Annual report on the working of the mental hospitals in the Madras Presidency - 1912-1932
Year: 1912
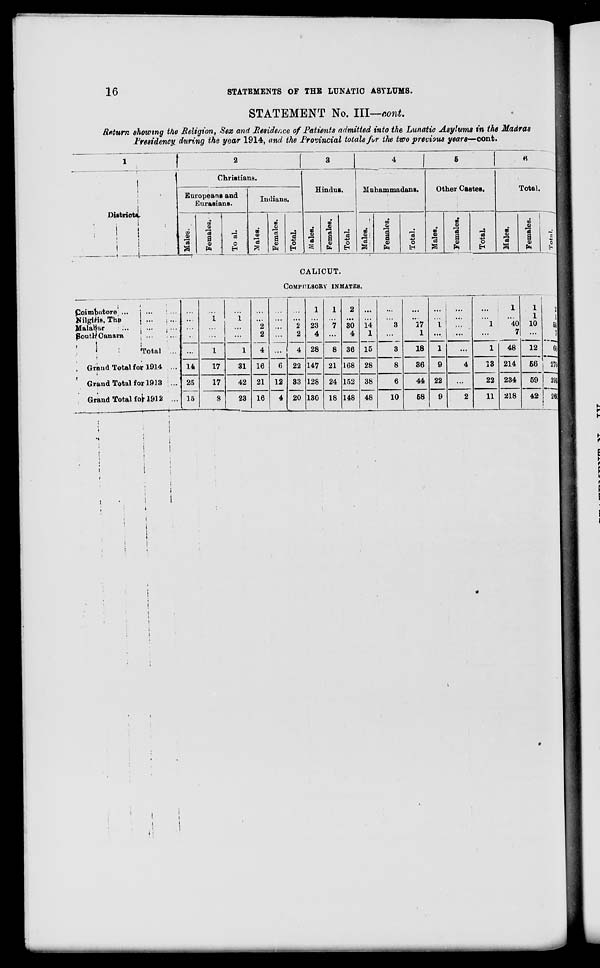
16
STATEMENTS OF THE LUNATIC ASYLUMS.
STATEMENT No. III—cont.
Return showing the Religion, Sex and Residence of Patients admitted into the Lunatic Asylums in the Madras
Presidency, during the year 1914, and the Provincial totals for the two previous years—cont.
1
Districts.
2
Christians.
Europeans and
Eurasians.
Males.
Females.
Total.
Indians.
Males.
Females.
Total.
3
Hindus.
Males.
Females.
Total.
4
Muhammadans.
Males.
Females.
Total.
5
Other Castes.
Males.
Females.
Total.
6
Total.
Males.
Females.
Total.
CALICUT.
COMPULSORY INMATES.
Coimbatore ... ... ...
Nilgiris, The ... ...
Malabar ... ... ...
South Canara
...
...
Total ...
Grand Total for 1914 ...
Grand Total for 1913 ...
Grand Total for 1912 ...
...
...
...
...
...
14
25
15
...
1
...
...
1
17
17
8
...
1
...
...
1
31
42
23
...
...
2
2
4
16
21
16
...
...
...
...
...
6
12
4
...
...
2
2
4
22
33
20
1
...
23
4
28
147
128
130
1
...
7
...
8
21
24
18
2
...
30
4
36
168
152
148
...
...
14
1
15
28
38
48
...
...
3
...
3
8
6
10
...
...
17
1
18
36
44
58
...
...
1
...
1
9
22
9
...
...
...
...
...
4
...
2
...
...
1
...
1
13
22
11
1
...
40
7
48
214
234
218
1
1
10
...
12
56
59
42
2
1
50
7
60
270
293
260